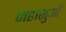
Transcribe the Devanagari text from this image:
महासुओं